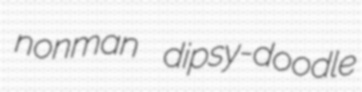
nonman dipsy-doodle